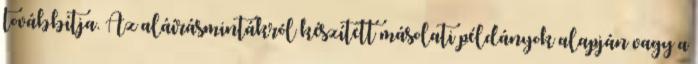
továbbítja. Az aláírásmintákról készített másolati példányok alapján vagy a